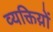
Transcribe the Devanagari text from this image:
व्यक्तिय़ों